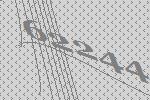
62244